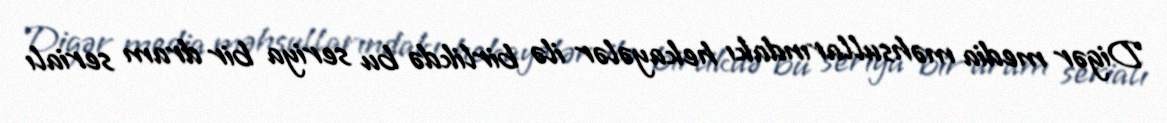
Digər media məhsullarındakı hekayələr ilə birlikdə bu seriya bir dram serialı